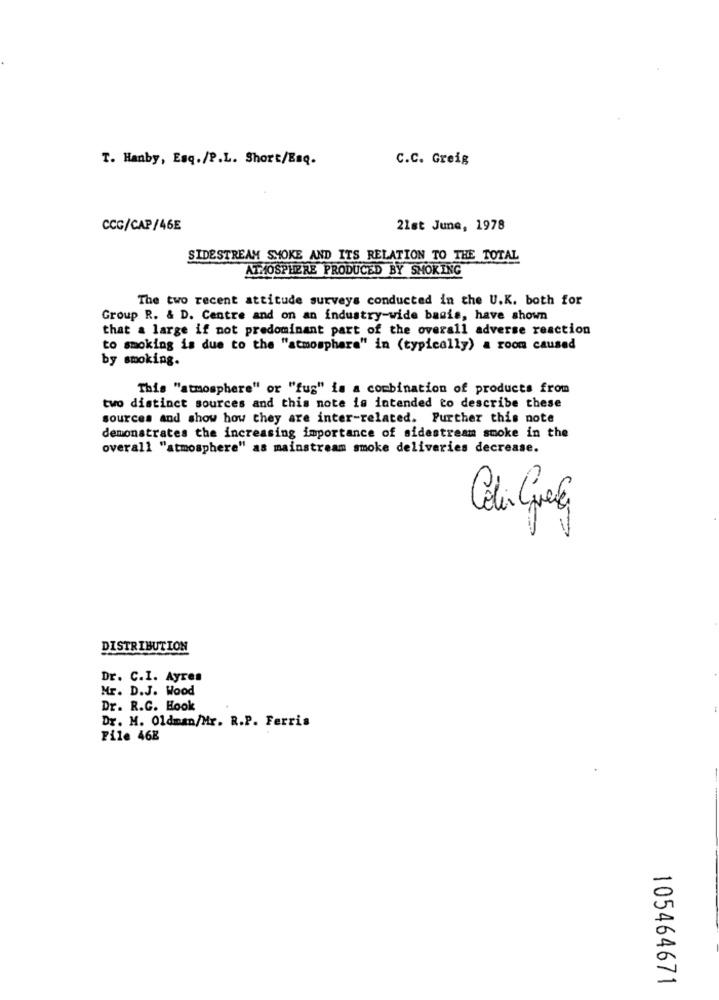
T. Hanby, Esq./P.L. Short/Enq.
C.C. Greig
CCC/CAP/46E
21st June, 1978
SIDESTREAM SMOKE AND ITS RELATION TO THE TOTAL
ATMOSPHERE PRODUCED BY SMOKING
The two recent attitude surveys conducted in the U.K. both for
Group R. & D. Centre and on an industry-wide basis, have shown
that a large if not predominant part of the overall adverse reaction
to smoking is due to the "atmosphere" in (typically) a room caused
by smoking.
This "atmosphere" or "fug" is a combination of products from
two distinct sources and this note is intended to describe these
sources and show how they are inter-related. Further this note
demonstrates the increasing importance of sidestream smoke in the
overall "atmosphere" as mainstream smoke deliveries decrease.
DISTRIBUTION
Dr. C.I. Ayres
Mr. D.J. Wood
Dr. R.C. Hook
Dr. M. Oldman/Mr. R.P. Ferris
File 46E
105464671